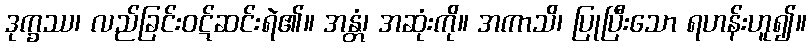
ဒုက္ခဿ၊ လည်ခြင်းဝဋ်ဆင်းရဲ၏။ အန္တံ၊ အဆုံးကို။ အကာသိ၊ ပြုပြီးသော ရဟန်းဟူ၍။